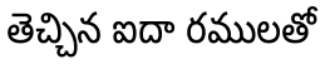
తెచ్చిన ఐదా రములతో